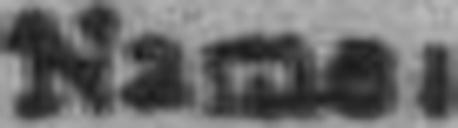
Name: